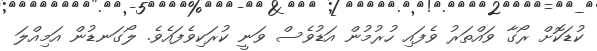
ކުޑަކޮށް ރޯގާ ވައްތަރު ވެފައި ހުރުމުން އަޑުވެސް ވަނީ ކުރަކިވެފައެވެ. ލޯގަނޑުން އަމިއްލަ